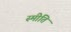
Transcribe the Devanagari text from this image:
स्मीति